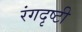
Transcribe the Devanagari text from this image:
रंगदृष्टी